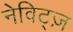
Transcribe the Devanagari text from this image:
नेविट्ज़